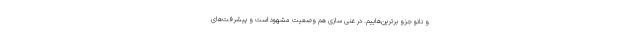
و نانو جزو برترین‌هاییم. در غنی سازی هم وضعیت مشهود است و پیشرفت‌های